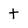
Character: t